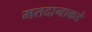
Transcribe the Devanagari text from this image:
मतदानाकडे